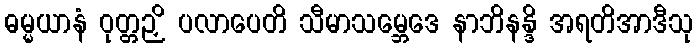
ဓမ္မယာနံ ဝုတ္တဉှိ ပလာပေတိ သီမာသမ္ဘေဒေ နာဘိနန္ဒိ အရတိအာဒီသု